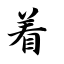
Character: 着